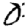
Digit: 0